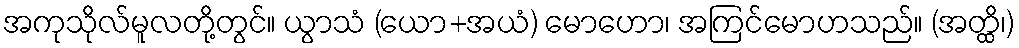
အကုသိုလ်မူလတို့တွင်။ ယွာသံ (ယော+အယံ) မောဟော၊ အကြင်မောဟသည်။ (အတ္ထိ၊)